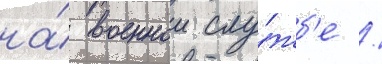
на́ военнои слу́жб'е /